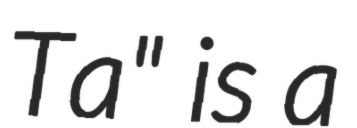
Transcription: Ta" is a